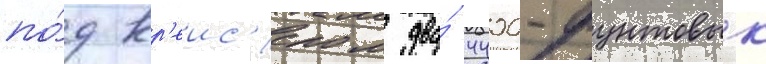
по́д кр'еис'ером два́ 4400-фунтовых